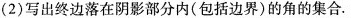
(2)写出终边落在阴影部分内(包括边界)的角的集合。